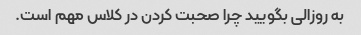
به روزالی بگویید چرا صحبت کردن در کلاس مهم است.